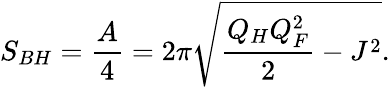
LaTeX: S_{BH}={\frac{A}{4}}=2\pi\sqrt{{\frac{Q_{H}Q_{F}^{2}}{2}}-J^{2}}.